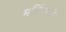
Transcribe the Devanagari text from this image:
मलिंगाची